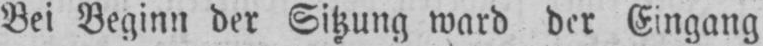
Bei Beginn der Sitzung ward der Eingang